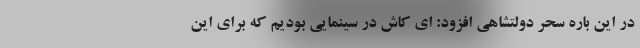
در این باره سحر دولتشاهی افزود: ای کاش در سینمایی بودیم که برای این